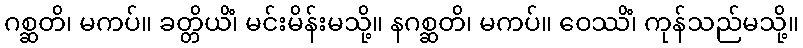
ဂစ္ဆတိ၊ မကပ်။ ခတ္တိယိံ၊ မင်းမိန်းမသို့။ နဂစ္ဆတိ၊ မကပ်။ ဝေဿိံ၊ ကုန်သည်မသို့။